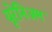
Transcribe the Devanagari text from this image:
यूरेनिअम